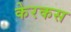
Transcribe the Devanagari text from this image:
केरकस